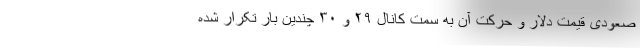
صعودی قیمت دلار و حرکت آن به سمت کانال ۲۹ و ۳۰ چندین بار تکرار شده